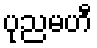
ပုညမဟီ